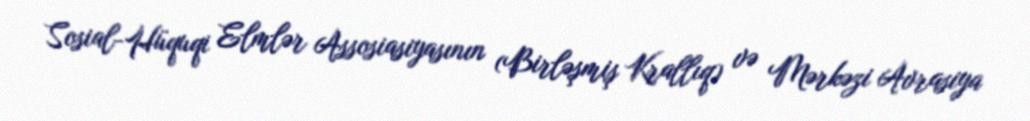
Sosial-Hüquqi Elmlər Assosiasiyasının (Birləşmiş Krallıq) və Mərkəzi Avrasiya